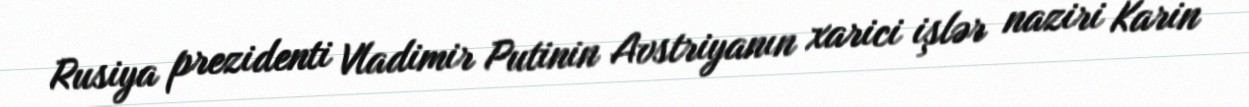
Rusiya prezidenti Vladimir Putinin Avstriyanın xarici işlər naziri Karin